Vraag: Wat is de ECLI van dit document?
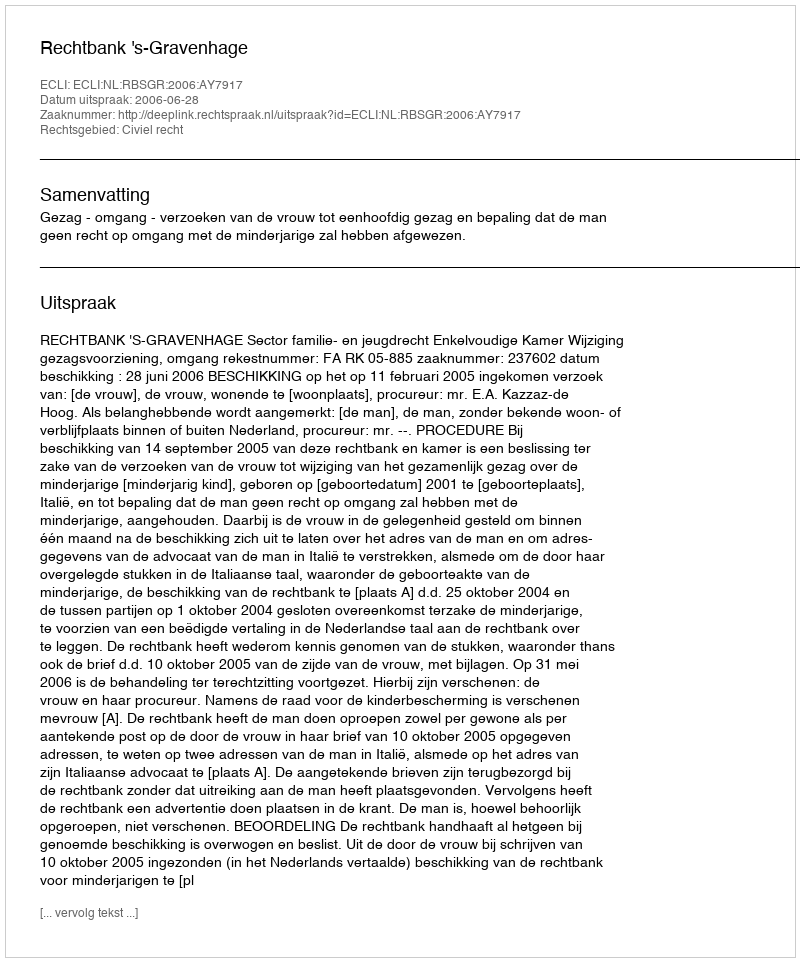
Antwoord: ECLI:NL:RBSGR:2006:AY7917